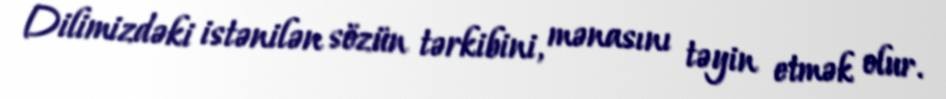
Dilimizdəki istənilən sözün tərkibini, mənasını təyin etmək olur.